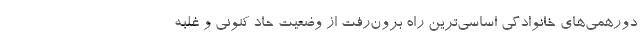
دورهمی‌های خانوادگی اساسی‌ترین راه برون‌رفت از وضعیت حاد کنونی و غلبه